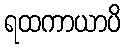
ရထကာယာပိ